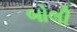
બોલી